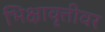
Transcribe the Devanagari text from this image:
भिक्षावृत्तीवर